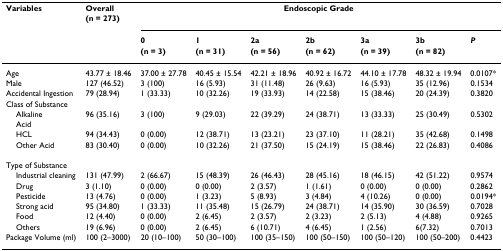
<table><thead><tr><td><b>Variables</b></td><td><b>Overall</b></td><td colspan="7"><b>Endoscopic Grade</b></td></tr><tr><td></td><td><b>(n = 273)</b></td><td colspan="7"></td></tr><tr><td></td><td></td><td><b>0</b></td><td><b>1</b></td><td><b>2a</b></td><td><b>2b</b></td><td><b>3a</b></td><td><b>3b</b></td><td><b><i>P</i></b></td></tr><tr><td></td><td></td><td><b>(n = 3)</b></td><td><b>(n = 31)</b></td><td><b>(n = 56)</b></td><td><b>(n = 62)</b></td><td><b>(n = 39)</b></td><td><b>(n = 82)</b></td><td></td></tr></thead><tbody><tr><td>Age</td><td>43.77 ± 18.46</td><td>37.00 ± 27.78</td><td>40.45 ± 15.54</td><td>42.21 ± 18.96</td><td>40.92 ± 16.72</td><td>44.10 ± 17.78</td><td>48.32 ± 19.94</td><td>0.0107*</td></tr><tr><td>Male</td><td>127 (46.52)</td><td>3 (100)</td><td>16 (5.93)</td><td>31 (11.48)</td><td>26 (9.63)</td><td>16 (5.93)</td><td>35 (12.96)</td><td>0.1534</td></tr><tr><td>Accidental Ingestion</td><td>79 (28.94)</td><td>1 (33.33)</td><td>10 (32.26)</td><td>19 (33.93)</td><td>14 (22.58)</td><td>15 (38.46)</td><td>20 (24.39)</td><td>0.3820</td></tr><tr><td>Class of Substance</td><td></td><td></td><td></td><td></td><td></td><td></td><td></td><td></td></tr><tr><td> Alkaline</td><td>96 (35.16)</td><td>3 (100)</td><td>9 (29.03)</td><td>22 (39.29)</td><td>24 (38.71)</td><td>13 (33.33)</td><td>25 (30.49)</td><td>0.5302</td></tr><tr><td> Acid</td><td></td><td></td><td></td><td></td><td></td><td></td><td></td><td></td></tr><tr><td> HCL</td><td>94 (34.43)</td><td>0 (0.00)</td><td>12 (38.71)</td><td>13 (23.21)</td><td>23 (37.10)</td><td>11 (28.21)</td><td>35 (42.68)</td><td>0.1498</td></tr><tr><td> Other Acid</td><td>83 (30.40)</td><td>0 (0.00)</td><td>10 (32.26)</td><td>21 (37.50)</td><td>15 (24.19)</td><td>15 (38.46)</td><td>22 (26.83)</td><td>0.4086</td></tr><tr><td>Type of Substance</td><td></td><td></td><td></td><td></td><td></td><td></td><td></td><td></td></tr><tr><td> Industrial cleaning</td><td>131 (47.99)</td><td>2 (66.67)</td><td>15 (48.39)</td><td>26 (46.43)</td><td>28 (45.16)</td><td>18 (46.15)</td><td>42 (51.22)</td><td>0.9574</td></tr><tr><td> Drug</td><td>3 (1.10)</td><td>0 (0.00)</td><td>0 (0.00)</td><td>2 (3.57)</td><td>1 (1.61)</td><td>0 (0.00)</td><td>0 (0.00)</td><td>0.2862</td></tr><tr><td> Pesticide</td><td>13 (4.76)</td><td>0 (0.00)</td><td>1 (3.23)</td><td>5 (8.93)</td><td>3 (4.84)</td><td>4 (10.26)</td><td>0 (0.00)</td><td>0.0194*</td></tr><tr><td> Strong acid</td><td>95 (34.80)</td><td>1 (33.33)</td><td>11 (35.48)</td><td>15 (26.79)</td><td>24 (38.71)</td><td>14 (35.90)</td><td>30 (36.59)</td><td>0.7028</td></tr><tr><td> Food</td><td>12 (4.40)</td><td>0 (0.00)</td><td>2 (6.45)</td><td>2 (3.57)</td><td>2 (3.23)</td><td>2 (5.13)</td><td>4 (4.88)</td><td>0.9265</td></tr><tr><td> Others</td><td>19 (6.96)</td><td>0 (0.00)</td><td>2 (6.45)</td><td>6 (10.71)</td><td>4 (6.45)</td><td>1 (2.56)</td><td>6(7.32)</td><td>0.7013</td></tr><tr><td>Package Volume (ml)</td><td>100 (2–3000)</td><td>20 (10–100)</td><td>50 (30–100)</td><td>100 (35–150)</td><td>100 (50–150)</td><td>100 (50–120)</td><td>100 (50–200)</td><td>0.4423</td></tr></tbody></table>